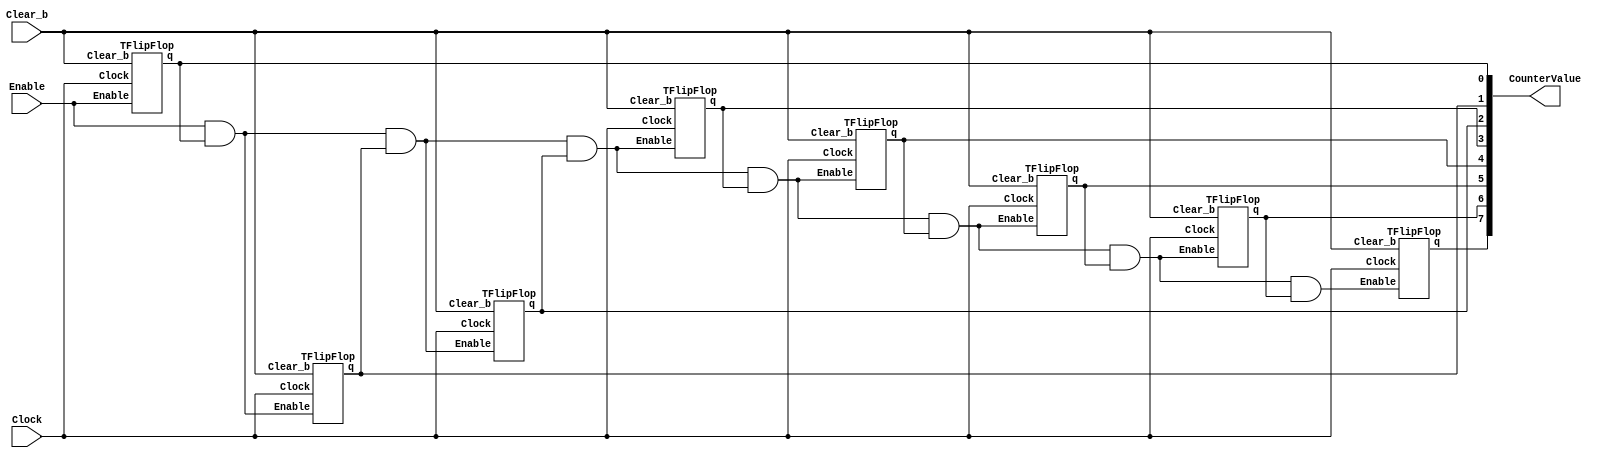
module part1(Clock, Enable, Clear_b, CounterValue);
	input Clock, Enable, Clear_b;
	output [7:0] CounterValue;
	
	wire [7:0] Ts;

	assign Ts[0] = Enable;
	assign Ts[1] = Ts[0] & CounterValue[0];
	assign Ts[2] = Ts[1] & CounterValue[1];
	assign Ts[3] = Ts[2] & CounterValue[2];
	assign Ts[4] = Ts[3] & CounterValue[3];
	assign Ts[5] = Ts[4] & CounterValue[4];
	assign Ts[6] = Ts[5] & CounterValue[5];
	assign Ts[7] = Ts[6] & CounterValue[6];
	
	TFlipFlop tff0(
		.Clock(Clock),
		.Enable(Ts[0]),
		.Clear_b(Clear_b),
		.q(CounterValue[0])
	);
	TFlipFlop tff1(
		.Clock(Clock),
		.Enable(Ts[1]),
		.Clear_b(Clear_b),
		.q(CounterValue[1])
	);
	TFlipFlop tff2(
		.Clock(Clock),
		.Enable(Ts[2]),
		.Clear_b(Clear_b),
		.q(CounterValue[2])
	);
	TFlipFlop tff3(
		.Clock(Clock),
		.Enable(Ts[3]),
		.Clear_b(Clear_b),
		.q(CounterValue[3])
	);
	TFlipFlop tff4(
		.Clock(Clock),
		.Enable(Ts[4]),
		.Clear_b(Clear_b),
		.q(CounterValue[4])
	);
	TFlipFlop tff5(
		.Clock(Clock),
		.Enable(Ts[5]),
		.Clear_b(Clear_b),
		.q(CounterValue[5])
	);
	TFlipFlop tff6(
		.Clock(Clock),
		.Enable(Ts[6]),
		.Clear_b(Clear_b),
		.q(CounterValue[6])
	);
	TFlipFlop tff7(
		.Clock(Clock),
		.Enable(Ts[7]),
		.Clear_b(Clear_b),
		.q(CounterValue[7])
	);

endmodule

module TFlipFlop(Clock, Enable, Clear_b, q);
	input Clock, Enable, Clear_b;
	output reg q = 1'b0;
	
	always @(posedge Clock, negedge Clear_b)
	begin
	if (Clear_b == 1'b0)
		q <= 1'b0;
	
	else if (Enable == 1'b1)
		q <= ~q;
		
	else
		q <= q;
	
	end
endmodule